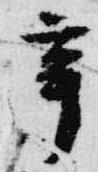
辛